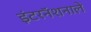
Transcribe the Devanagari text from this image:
इंटरनॅशनाले